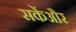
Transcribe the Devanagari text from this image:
सकेंऔर